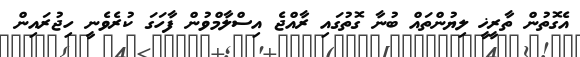
އެގޮތުން ތާރީޚީ ލިޔުންތައް ބުނާ ގޮތުގައި ރާއްޖެ އިސްލާމްވުން ފާހަގަ ކުރެވެނީ ހިޖުރައިން